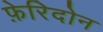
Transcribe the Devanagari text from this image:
फ़ेरिदोन